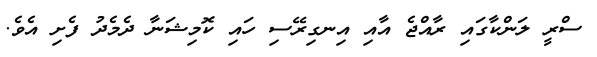
ސްރީ ލަންކާގައި ރާއްޖެ އާއި އިނގިރޭސި ހައި ކޮމިޝަނާ ދެމެދު ފެށި އެވެ.